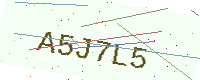
Text: A5J7L5